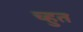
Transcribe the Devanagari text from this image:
च्हुत